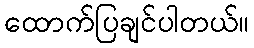
ထောက်ပြချင်ပါတယ်။